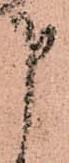
申